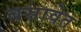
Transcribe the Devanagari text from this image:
बसावेत